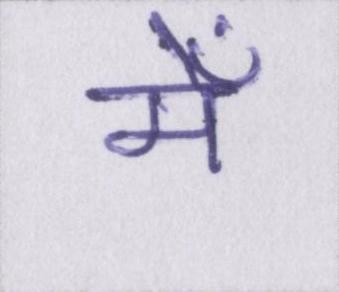
मेँ